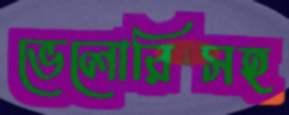
ভেলোরিসহ